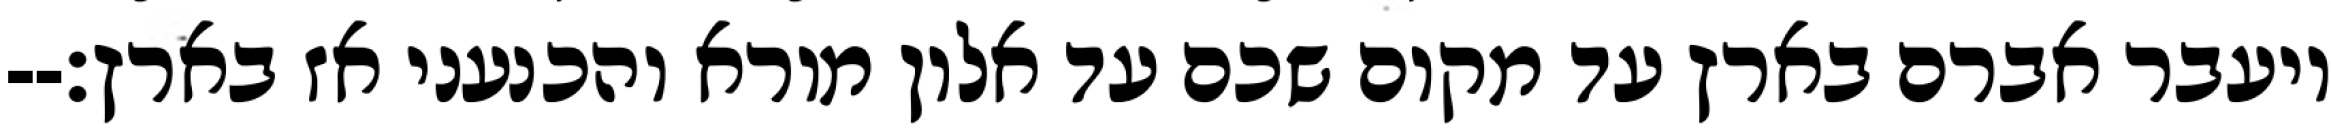
ויעבר אברם בארץ עד מקום שכם עד אלון מורא והכנעני אז בארץ׃--